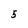
Character: 5